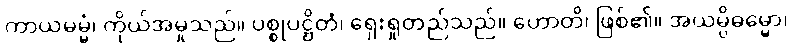
ကာယမမ္မံ၊ ကိုယ်အမှုသည်။ ပစ္စုပဋ္ဌိတံ၊ ရှေးရှုတည်သည်။ ဟောတိ၊ ဖြစ်၏။ အယမ္ပိဓမ္မော၊